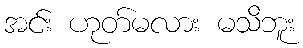
အင်း ဟုတ်မလား မသိဘူး